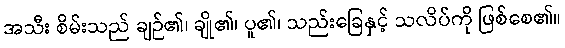
အသီး စိမ်းသည် ချဉ်၏၊ ချို၏၊ ပူ၏၊ သည်းခြေနှင့် သလိပ်ကို ဖြစ်စေ၏။